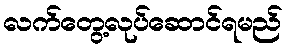
လက်တွေ့လုပ်ဆောင်ရမည်